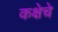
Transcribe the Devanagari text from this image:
कक्षेचे